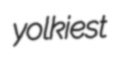
yolkiest